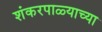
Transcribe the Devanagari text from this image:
शंकरपाळ्याच्या